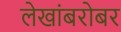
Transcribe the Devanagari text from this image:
लेखांबरोबर